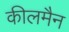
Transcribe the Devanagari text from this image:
कीलमैन